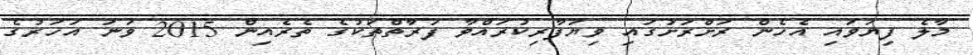
މާލެ ފިޔަވައި އެހެން ރަށްރަށުގައި ވިޔަފާރިކުރައްވާ ފަރާތްތަކުގެ ތެރެއިން 2015 ވަނަ އަހަރުގެ